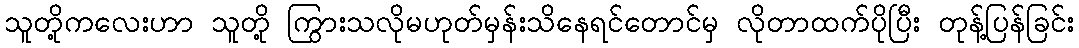
သူတို့ကလေးဟာ သူတို့ ကြွားသလိုမဟုတ်မှန်းသိနေရင်တောင်မှ လိုတာထက်ပိုပြီး တုန့်ပြန်ခြင်း